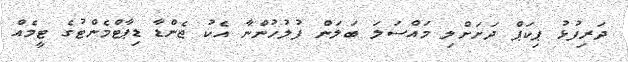
ދަރިފުޅު ޕިކަޕް ދަށަށްލި މައްސަލަ ބަލަން ފުލުހުންނާ އެކު ޖެންޑާ ޑިޕާޓްމެންޓުގެ ޓީމެއް